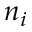
n _ { i }